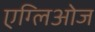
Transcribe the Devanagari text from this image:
एग्लिओज